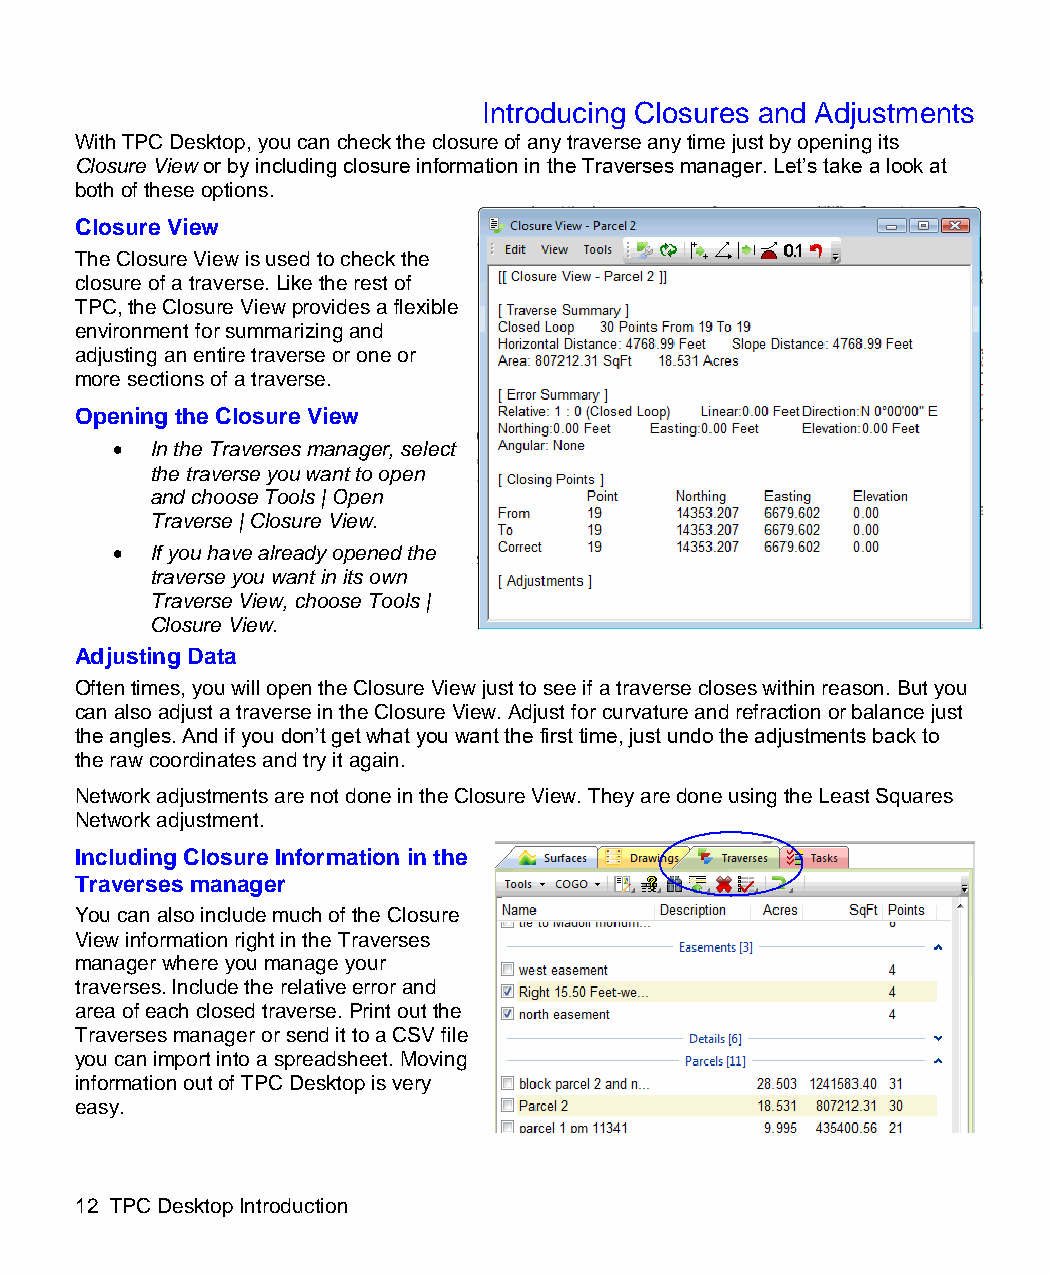
Introducing Closures and Adjustments
 With TPC Desktop, you can check the closure of any traverse any time just by opening its
 Closure View or by including closure information in the Traverses manager. Let’s take a look at
 both of these options.
 Closure View
 The Closure View is used to check the
 closure of a traverse. Like the rest of
 TPC, the Closure View provides a flexible
 environment for summarizing and
 adjusting an entire traverse or one or
 more sections of a traverse.
 Opening the Closure View
   In the Traverses manager, select
 the traverse you want to open
 and choose Tools | Open
 Traverse | Closure View.
   If you have already opened the
 traverse you want in its own
 Traverse View, choose Tools |
 Closure View.
 Adjusting Data
 Often times, you will open the Closure View just to see if a traverse closes within reason. But you
 can also adjust a traverse in the Closure View. Adjust for curvature and refraction or balance just
 the angles. And if you don’t get what you want the first time, just undo the adjustments back to
 the raw coordinates and try it again.
 Network adjustments are not done in the Closure View. They are done using the Least Squares
 Network adjustment.
 Including Closure Information in the
 Traverses manager
 You can also include much of the Closure
 View information right in the Traverses
 manager where you manage your
 traverses. Include the relative error and
 area of each closed traverse. Print out the
 Traverses manager or send it to a CSV file
 you can import into a spreadsheet. Moving
 information out of TPC Desktop is very
 easy.
 12 TPC Desktop Introduction